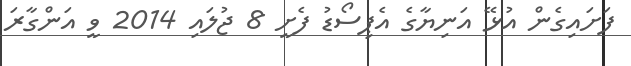
ފަށައިގެން އުޅޭ އަނިޔާގެ އެޕިސޯޑު ފެށީ 8 ޖުލައި 2014 ވީ އަންގާރަ